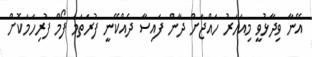
އޭނާ ވިދާޅުވީ މިއަހަރު ހައްޖަށް ދާން ފައިސާ ދެއްކޭނީ ފުރަތަމަ ފޯމް ފުރިހަމަކޮށް